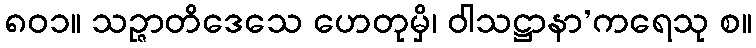
၈၀၁။ သဉ္ဇာတိဒေသေ ဟေတုမှိ၊ ဝါသဋ္ဌာနာ’ကရေသု စ။